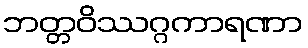
ဘတ္တဝိဿဂ္ဂကာရဏာ